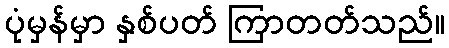
ပုံမှန်မှာ နှစ်ပတ် ကြာတတ်သည်။